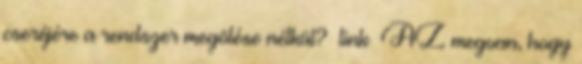
cseréjére a rendszer megölése nélkül? link AZ megvan, hogy